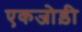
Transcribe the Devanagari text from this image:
एकजोड़ी